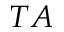
T A